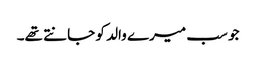
جو سب میرے والد کو جانتے تھے۔